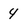
Character: 4